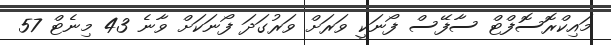
މައިކްރޮސޮފްޓް ސާފޭސް ފޯނަކީ ވަރަށް ވަރުގަދަ ފޯނަކަށް ވާނެ 43 މިނެޓް 57